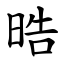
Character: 晧